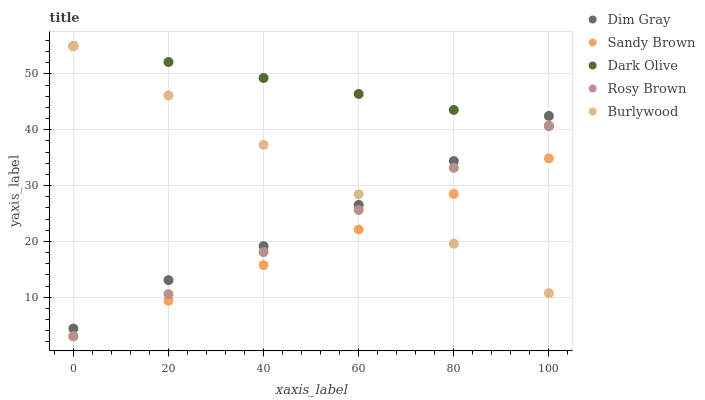
| xaxis_label | Dim Gray | Sandy Brown | Dark Olive | Rosy Brown | Burlywood |
 | --- | --- | --- | --- | --- | --- |
 | 0 | 4.38 | 3 | 55 | 3 | 55 |
 | 20 | 13.1 | 9.37 | 52.1 | 10.5 | 46.1 |
 | 40 | 19.1 | 15.7 | 49.3 | 18.1 | 37.3 |
 | 60 | 26.5 | 22.1 | 46.4 | 25.6 | 28.4 |
 | 80 | 34.4 | 28.5 | 43.5 | 33.2 | 19.6 |
 | 100 | 42.5 | 34.9 | 40.7 | 40.7 | 10.7 |